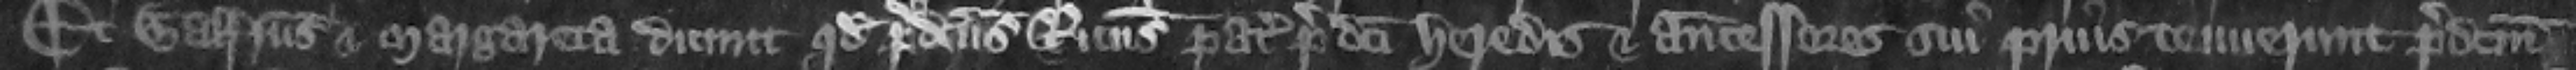
Et Galfridus et Margareta dicunt quod predictus Ricardus pater predicti heredis et antecessores sui prius tenuerunt predictum